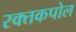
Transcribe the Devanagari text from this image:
रक्तकपोल